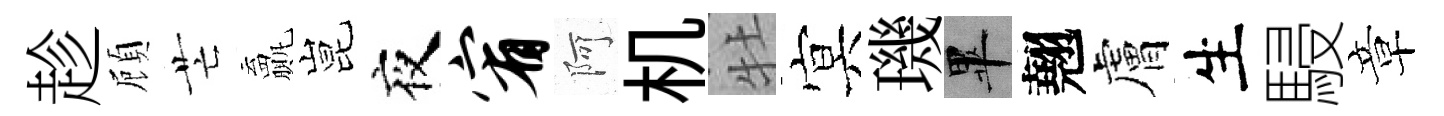
趁頋芒贏昆夜宥阿机牡㝠璣畢翹膚生駸章